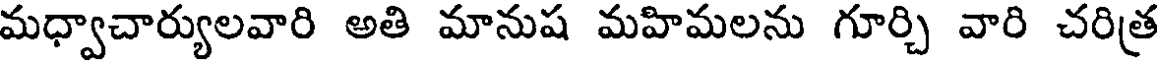
మధ్వాచార్యులవారి అతి మానుష మహిమలను గూర్చి వారి చరిత్ర